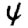
Digit: 4